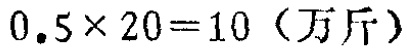
\(0.5\times 20 = 10\)（万斤）